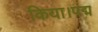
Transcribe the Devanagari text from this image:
किया।पद्म